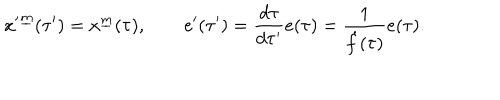
{ x ^ { \prime } } ^ { \underline { { m } } } ( \tau ^ { \prime } ) = x ^ { \underline { { m } } } ( \tau ) , \qquad e ^ { \prime } ( \tau ^ { \prime } ) = { \frac { d \tau } { d \tau ^ { \prime } } } e ( \tau ) = { \frac { 1 } { \dot { f } ( \tau ) } } e ( \tau ) .